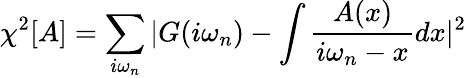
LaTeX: \chi^{2}[A]=\sum_{i\omega_{n}}|G(i\omega_{n})-\int\frac{A(x)}{i\omega_{n}-x}dx|^{2}